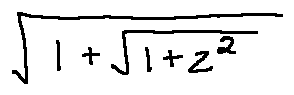
\sqrt { 1 + \sqrt { 1 + z ^ { 2 } } }